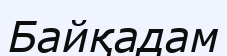
Байқадам